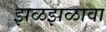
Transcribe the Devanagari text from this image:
झळझळावा